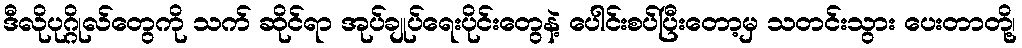
ဒီလိုပုဂ္ဂိုလ်တွေကို သက် ဆိုင်ရာ အုပ်ချုပ်ရေးပိုင်းတွေနဲ့ ပေါင်းစပ်ပြီးတော့မှ သတင်းသွား ပေးတာတို့၊